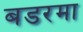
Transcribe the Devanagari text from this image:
बडरमा